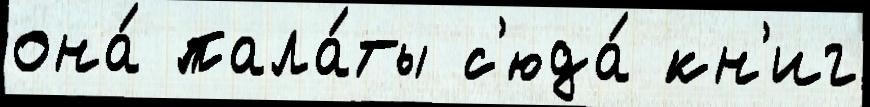
она́ пала́ты с'юда́ кн'иг